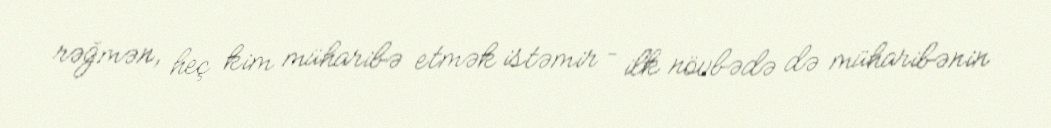
rəğmən, heç kim müharibə etmək istəmir – ilk növbədə də müharibənin